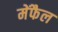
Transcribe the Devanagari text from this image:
मेंफैल